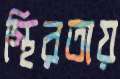
স্থিরতায়